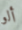
ألو